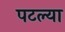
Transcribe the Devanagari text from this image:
पटल्या